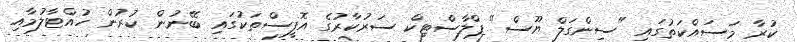
ކުރާ މަސައްކަތުގައި "ސިންގަލް ޔޫސް" ޕްލާސްޓިކް ސަރުކާރުގެ އޮފީސްތަކުގައި ބޭނުން ކުރުން ހުއްޓާލުމާއި